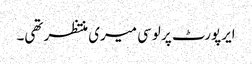
ایرپورٹ پر لوسی میری منتظر تھی۔